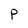
Character: P